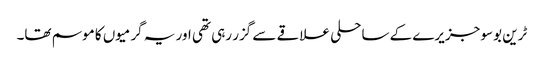
ٹرین بوسو جزیرے کے ساحلی علاقے سے گزر رہی تھی اور یہ گرمیوں کا موسم تھا۔